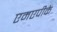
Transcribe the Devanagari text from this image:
एमएपीके